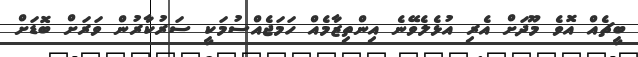
ބީޗެއް އޮވެ މޫދަށް އެރި އުޅެލެވޭނެ އިންތިޒާމެއް ހަމަޖެއްސުމަކީ ސަރުކާރުން ވަރަށް ބޮޑަށް